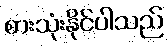
စားသုံးနိုင်ပါသည်